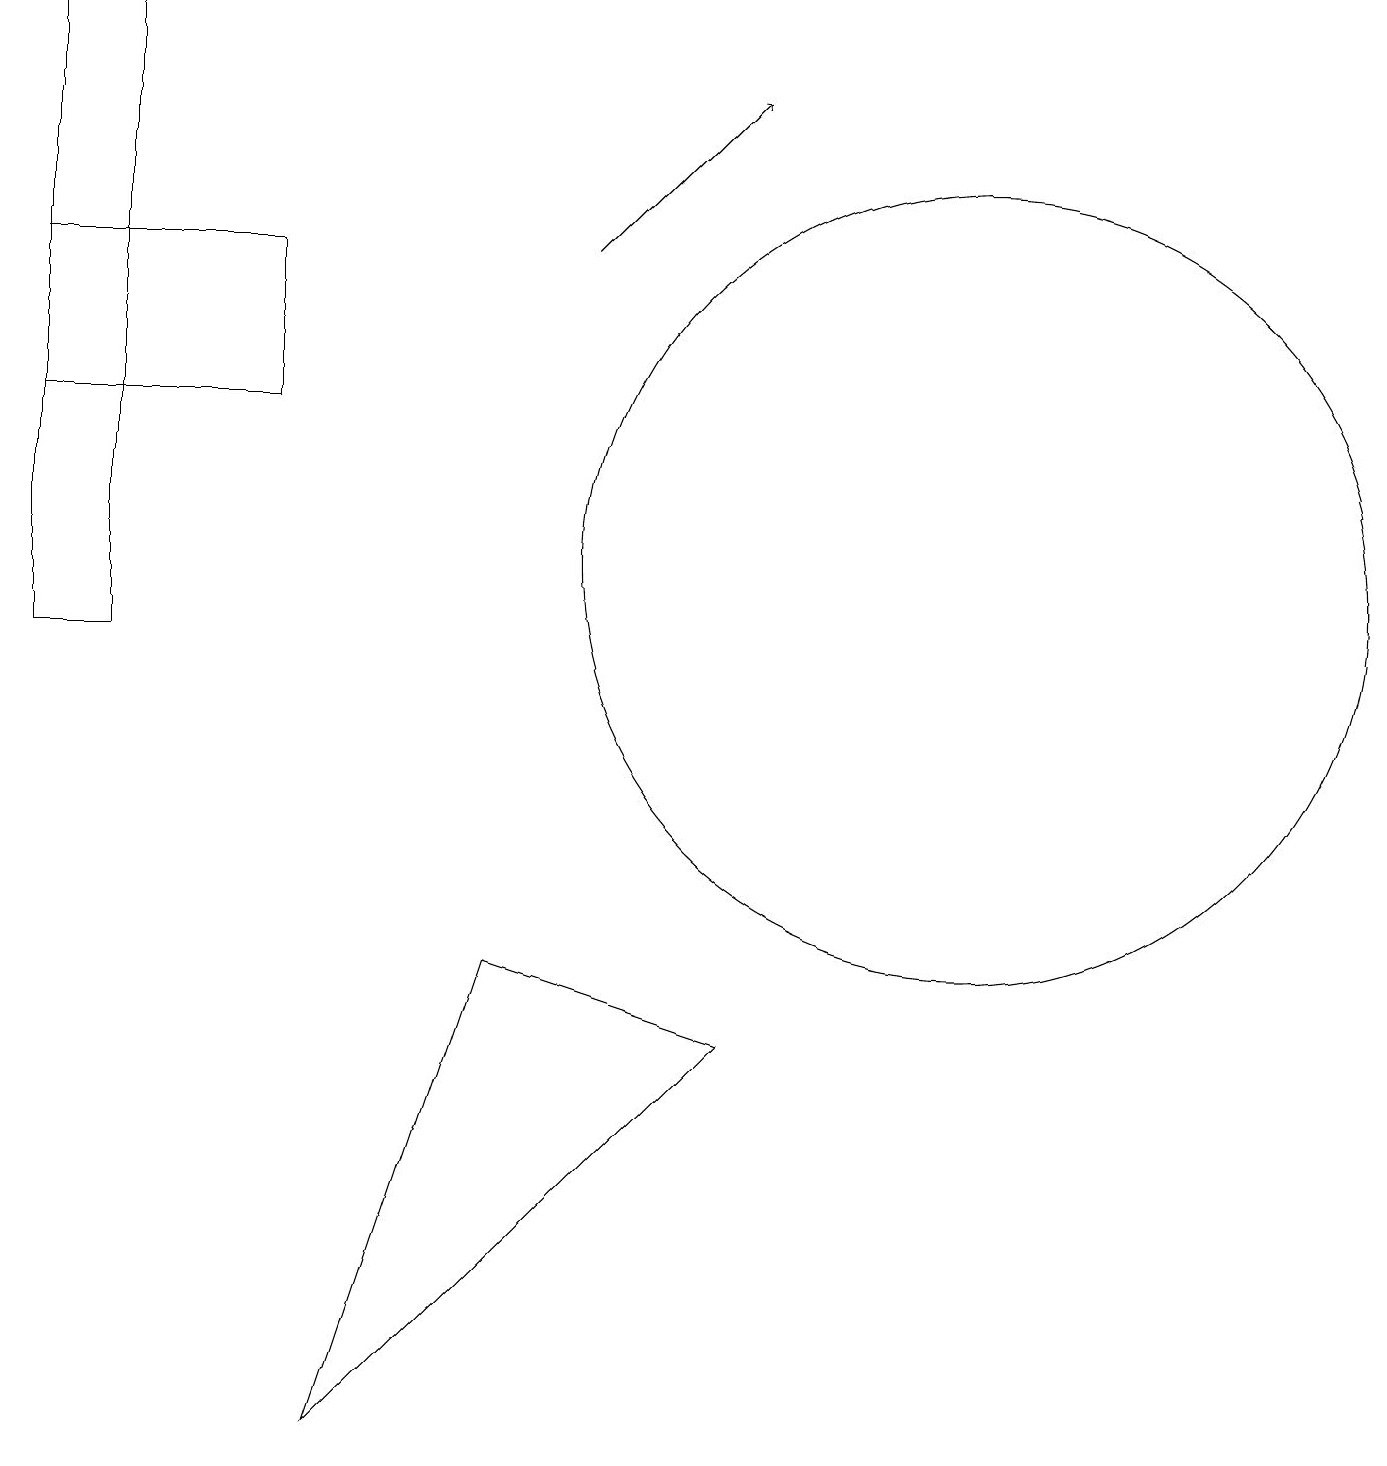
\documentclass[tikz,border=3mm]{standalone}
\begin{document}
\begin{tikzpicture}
\draw (0,19) rectangle (1,11);
\draw (4,1) -- (9,6) -- (6,7) -- cycle;
\draw (3,14) rectangle (0,16);
\draw (12,12) circle (5);
\draw[->] (7,16) -- (9,18);
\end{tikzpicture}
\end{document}